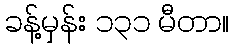
ခန့်မှန်း ၁၃၁ မီတာ။